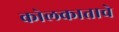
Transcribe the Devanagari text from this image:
कोलकाताचे